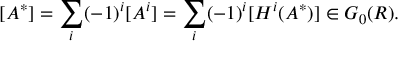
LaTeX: [ A ^ { * } ] = \sum _ { i } ( - 1 ) ^ { i } [ A ^ { i } ] = \sum _ { i } ( - 1 ) ^ { i } [ H ^ { i } ( A ^ { * } ) ] \in G _ { 0 } ( R ) .